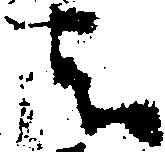
者